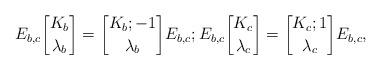
LaTeX: \begin{align*}E_{b,c}{K_b\brack \lambda_b}={K_b; -1 \brack \lambda_b} E_{b,c};E_{b,c}{K_c\brack \lambda_c}={K_c; 1 \brack \lambda_c} E_{b,c},\end{align*}